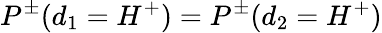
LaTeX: P^{\pm}(d_{1}=H^{+})=P^{\pm}(d_{2}=H^{+})